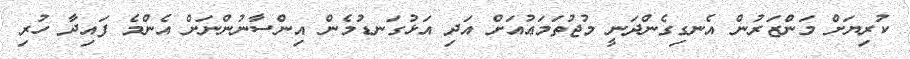
ކުރިޔަށް މަންޒަރުން އެނގިގެންދަނީ މުޖުތަމަޢުއަށް އަދި އަޅުގަނޑުމެން އިންސާނުންނަށް އެންމެ ފައިދާ ހުރި